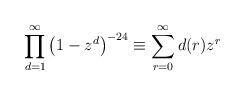
LaTeX: \begin{align*}\prod_{d=1}^\infty\left(1-z^d\right)^{-24}\equiv \sum_{r=0}^\infty d(r) z^r\end{align*}